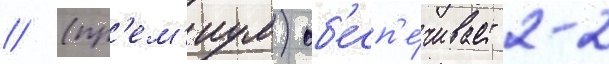
// (пр'ем'иум) об'есп'е́чивает 2-2